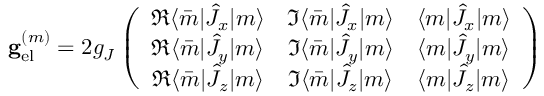
\mathbf { g } _ { \mathrm { e l } } ^ { ( m ) } = 2 g _ { J } \left( \begin{array} { c c c } { \Re \langle \bar { m } | \hat { J } _ { x } | m \rangle } & { \Im \langle \bar { m } | \hat { J } _ { x } | m \rangle } & { \langle m | \hat { J } _ { x } | m \rangle } \\ { \Re \langle \bar { m } | \hat { J } _ { y } | m \rangle } & { \Im \langle \bar { m } | \hat { J } _ { y } | m \rangle } & { \langle m | \hat { J } _ { y } | m \rangle } \\ { \Re \langle \bar { m } | \hat { J } _ { z } | m \rangle } & { \Im \langle \bar { m } | \hat { J } _ { z } | m \rangle } & { \langle m | \hat { J } _ { z } | m \rangle } \end{array} \right)